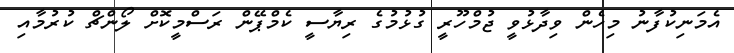
އެމަނިކުފާނު މިހެން ވިދާޅުވީ ޖުމްހޫރީ ގުޅުމުގެ ރިޔާސީ ކެމްޕޭން ރަސްމީކޮށް ލޯންޗް ކުރުމާއި